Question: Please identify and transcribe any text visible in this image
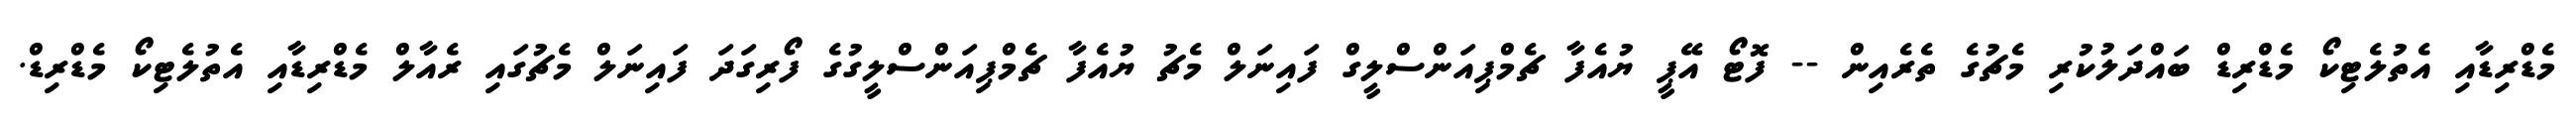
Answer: މެޑްރިޑާއި އެތުލެޓިކޯ މެޑްރިޑް ބައްދަލުކުރި މެޗުގެ ތެރެއިން -- ފޮޓޯ އޭޕީ ޔުއެފާ ޗެމްޕިއަންސްލީގް ފައިނަލް މެޗު ޔުއެފާ ޗެމްޕިއަންސްލީގުގެ ފޯރިގަދަ ފައިނަލް މެޗުގައި ރެއާލް މެޑްރިޑާއި އެތުލެޓިކޯ މެޑްރިޑް.